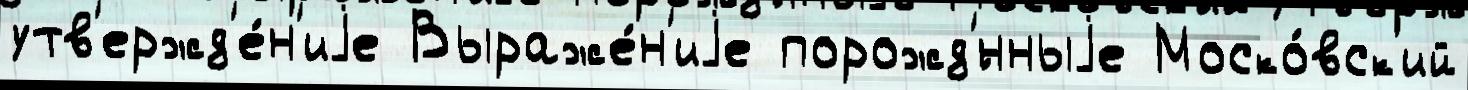
утв'ержд'е́н'иjе Выраже́н'иjе порожд'́нныjе Моско́вск'ий